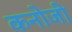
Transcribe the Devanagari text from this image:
कनोजी